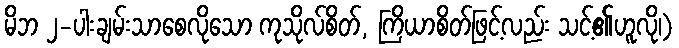
မိဘ ၂-ပါးချမ်းသာစေလိုသော ကုသိုလ်စိတ်, ကြိယာစိတ်ဖြင့်လည်း သင့်၏ဟူလို၊)